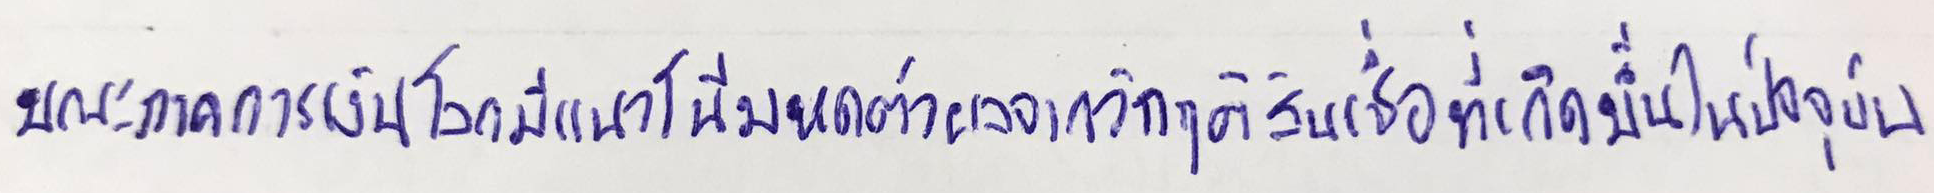
ขณะภาคการเงินโลกมีแนวโน้มหดตัวผลจากวิกฤติสินเชื่อที่เกิดขึ้นในปัจจุบัน